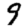
Digit: 9